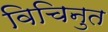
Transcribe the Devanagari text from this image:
विचिनुत